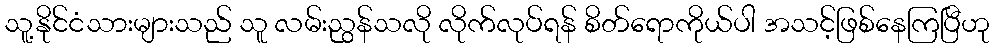
သူ့နိုင်ငံသားများသည် သူ လမ်းညွန်သလို လိုက်လုပ်ရန် စိတ်ရောကိုယ်ပါ အသင့်ဖြစ်နေကြပြီဟု